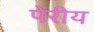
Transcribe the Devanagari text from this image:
पेरीय